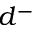
d ^ { - }